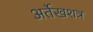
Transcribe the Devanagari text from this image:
अर्तेखशत्र